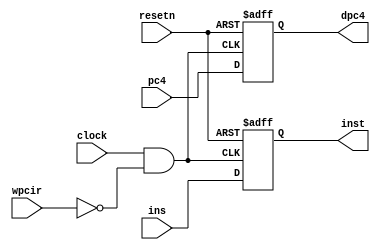
module pipeir(pc4,ins,wpcir,clock,resetn,dpc4,inst);
	input [31:0] pc4,ins;
	input wpcir,clock,resetn;
	output [31:0] dpc4,inst;
	
	reg [31:0] dpc4,inst;
	wire mid_clock;
	assign mid_clock = clock & (~wpcir);
	
	always @ (posedge mid_clock or negedge resetn)
	begin
			if(resetn==0) begin
				dpc4 <= -4;
				inst <= 0;
			end else begin
				dpc4 <= pc4;
				inst <= ins;
			end
	end
	
endmodule